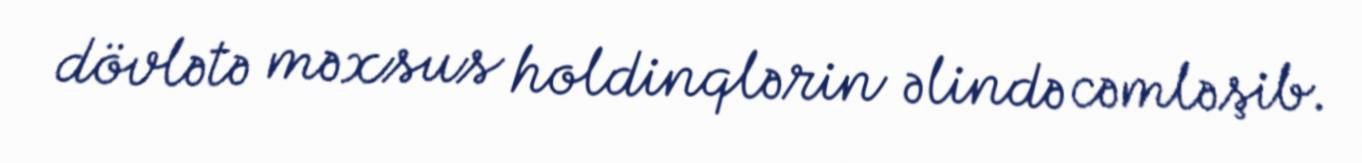
dövlətə məxsus holdinqlərin əlində cəmləşib.